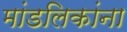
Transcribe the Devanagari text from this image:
मांडलिकांना